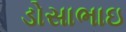
ડોસાભાઇ